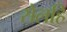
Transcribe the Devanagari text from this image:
सेलहि